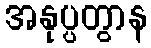
အနုပ္ပတွာန